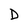
Character: D